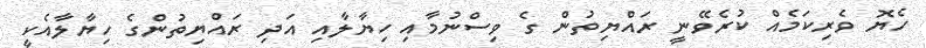
ހެޔޮ ވެރިކަމެއް ކުރެވޭނީ ރައްޔިތުން ގެ ވިސްނުމާއި ހިޔާލާއި އަދި ރައްޔިތުންގެ ހިޔާލާއެކީ